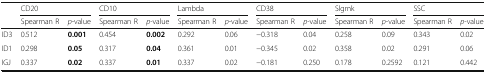
|  | <COLSPAN=2> CD20 | <COLSPAN=2> CD10 | <COLSPAN=2> Lambda | <COLSPAN=2> CD38 | <COLSPAN=2> Slgmk | <COLSPAN=2> SSC |
 |  | Spearman R | p-value | Spearman R | p-value | Spearman R | p-value | Spearman R | p-value | Spearman R | p-value | Spearman R | p-value |
 | --- | --- | --- | --- | --- | --- | --- | --- | --- | --- | --- | --- | --- |
 | ID3 | 0.512 | 0.001 | 0.454 | 0.002 | 0.292 | 0.06 | −0.318 | 0.04 | 0.258 | 0.09 | 0.343 | 0.02 |
 | ID1 | 0.298 | 0.05 | 0.317 | 0.04 | 0.361 | 0.01 | −0.345 | 0.02 | 0.358 | 0.02 | 0.291 | 0.06 |
 | IGJ | 0.337 | 0.02 | 0.337 | 0.01 | 0.337 | 0.02 | −0.181 | 0.250 | 0.178 | 0.2592 | 0.121 | 0.442 |